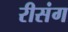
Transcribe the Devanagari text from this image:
रीसंग